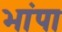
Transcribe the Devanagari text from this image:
भांपा